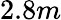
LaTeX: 2.8m